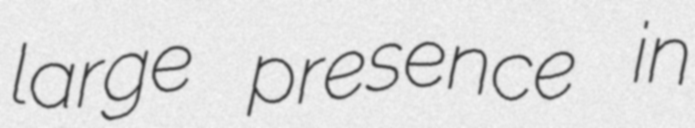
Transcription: large presence in